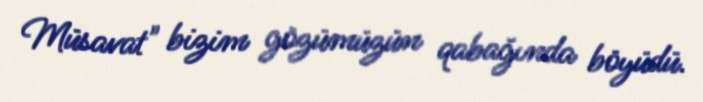
Müsavat" bizim gözümüzün qabağında böyüdü.